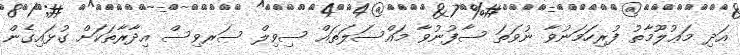
އަދި މަޢުލޫމާތު ފުރިހަމަނުވާ ނުވަތަ ސާފުނުވާ މައްސަލަތައް ސިވިލް ސަރވިސް އިދާރާތަކަށް ގުޅައިގެން